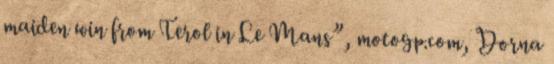
maiden win from Terol in Le Mans”, motogp.com, Dorna